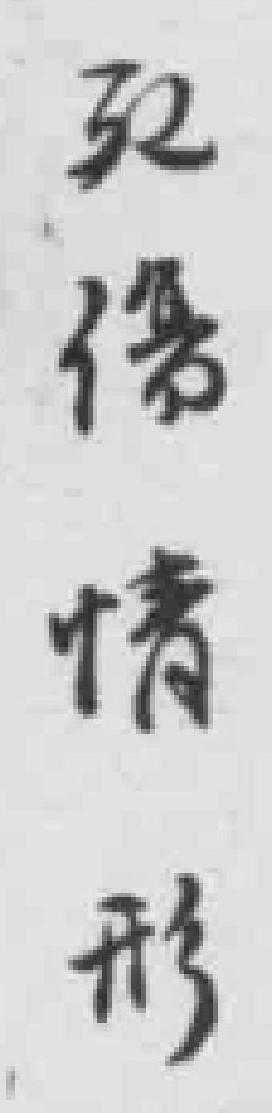
死傷情形